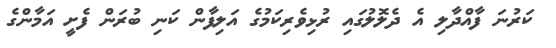
ކަރުނަ ފާއްދާލި އެ ދެލޮލުގައި ރުޅިވެރިކަމުގެ އަލިފާން ކަނި ބުރަން ފެށީ އަމާންގެ